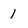
Character: 1